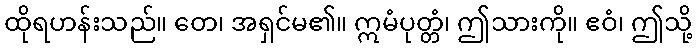
ထိုရဟန်းသည်။ တေ၊ အရှင်မ၏။ ဣမံပုတ္တံ၊ ဤသားကို။ ဧဝံ၊ ဤသို့